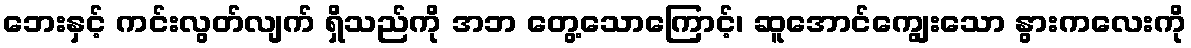
ဘေးနှင့် ကင်းလွတ်လျက် ရှိသည်ကို အဘ တွေ့သောကြောင့်၊ ဆူအောင်ကျွေးသော နွားကလေးကို